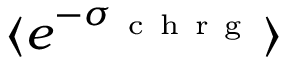
\langle e ^ { - \sigma _ { \mathrm { ~ c ~ h ~ r ~ g ~ } } } \rangle